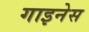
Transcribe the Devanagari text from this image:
गाइनेस